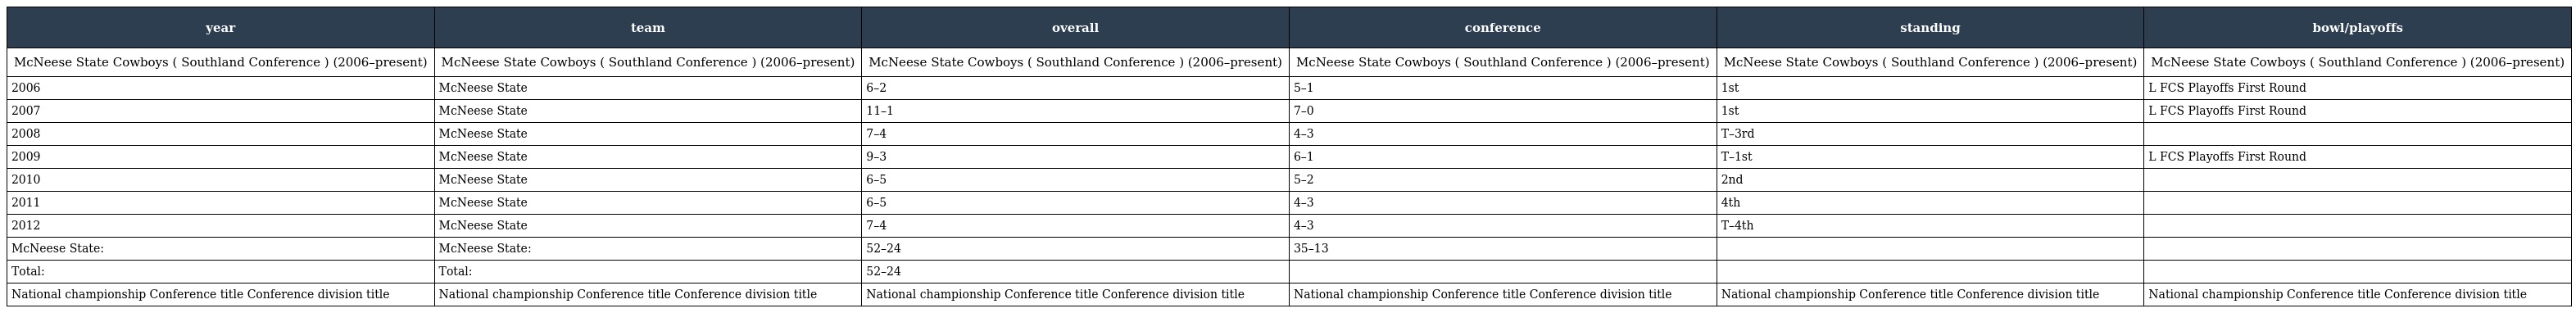
| year | team | overall | conference | standing | bowl/playoffs |
 | --- | --- | --- | --- | --- | --- |
 | McNeese State Cowboys ( Southland Conference ) (2006–present) | McNeese State Cowboys ( Southland Conference ) (2006–present) | McNeese State Cowboys ( Southland Conference ) (2006–present) | McNeese State Cowboys ( Southland Conference ) (2006–present) | McNeese State Cowboys ( Southland Conference ) (2006–present) | McNeese State Cowboys ( Southland Conference ) (2006–present) |
 | 2006 | McNeese State | 6–2 | 5–1 | 1st | L FCS Playoffs First Round |
 | 2007 | McNeese State | 11–1 | 7–0 | 1st | L FCS Playoffs First Round |
 | 2008 | McNeese State | 7–4 | 4–3 | T–3rd |  |
 | 2009 | McNeese State | 9–3 | 6–1 | T–1st | L FCS Playoffs First Round |
 | 2010 | McNeese State | 6–5 | 5–2 | 2nd |  |
 | 2011 | McNeese State | 6–5 | 4–3 | 4th |  |
 | 2012 | McNeese State | 7–4 | 4–3 | T–4th |  |
 | McNeese State: | McNeese State: | 52–24 | 35–13 |  |  |
 | Total: | Total: | 52–24 |  |  |  |
 | National championship Conference title Conference division title | National championship Conference title Conference division title | National championship Conference title Conference division title | National championship Conference title Conference division title | National championship Conference title Conference division title | National championship Conference title Conference division title |